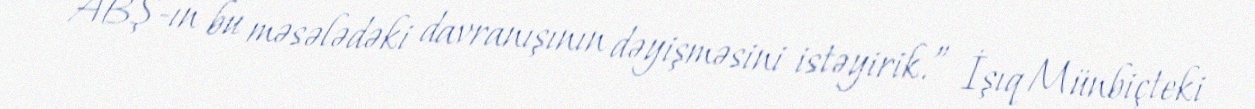
ABŞ-ın bu məsələdəki davranışının dəyişməsini istəyirik.” İşıq Münbiçteki